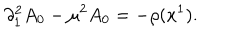
LaTeX: \partial _ { 1 } ^ { 2 } A _ { 0 } - \mu ^ { 2 } A _ { 0 } = - \rho ( x ^ { 1 } ) .